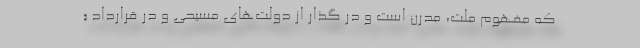
که مفهوم ملت، مدرن است و در گذار از دولت‌های مسیحی و در قرارداد «